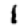
Digit: 1